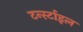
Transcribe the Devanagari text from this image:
टर्न्स्टाइल